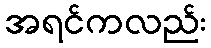
အရင်ကလည်း